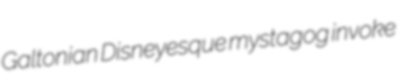
Galtonian Disneyesque mystagog invoke